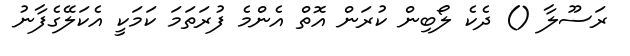
ރަސޫލާ () ދެކެ ލޯބިން ކުރަން އޮތް އެންމެ ފުރަތަމަ ކަމަކީ އެކަލޭގެފާނު